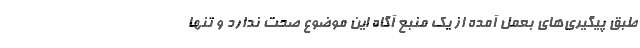
طبق پیگیری‌های بعمل آمده از یک منبع آگاه این موضوع صحت ندارد و تنها